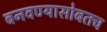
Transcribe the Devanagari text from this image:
बनवण्यासोबतच